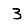
Digit: 3